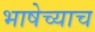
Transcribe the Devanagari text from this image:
भाषेच्याच